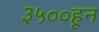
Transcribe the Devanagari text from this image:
३५००हून